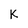
Character: k